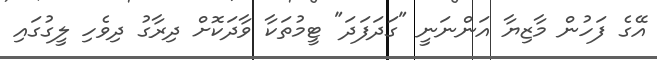
އޭގެ ފަހުން މާޒިޔާ އަންނަނީ "ގަދަފަދަ" ޓީމުތަކާ ވާދަކޮށް ދިރާގު ދިވެހި ލީގުގައި